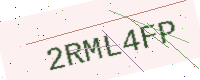
Text: 2RML4FP